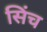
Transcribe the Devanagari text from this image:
सिंच